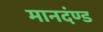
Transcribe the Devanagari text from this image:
मानदंण्ड